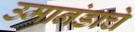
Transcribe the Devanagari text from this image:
उमानंडाचे